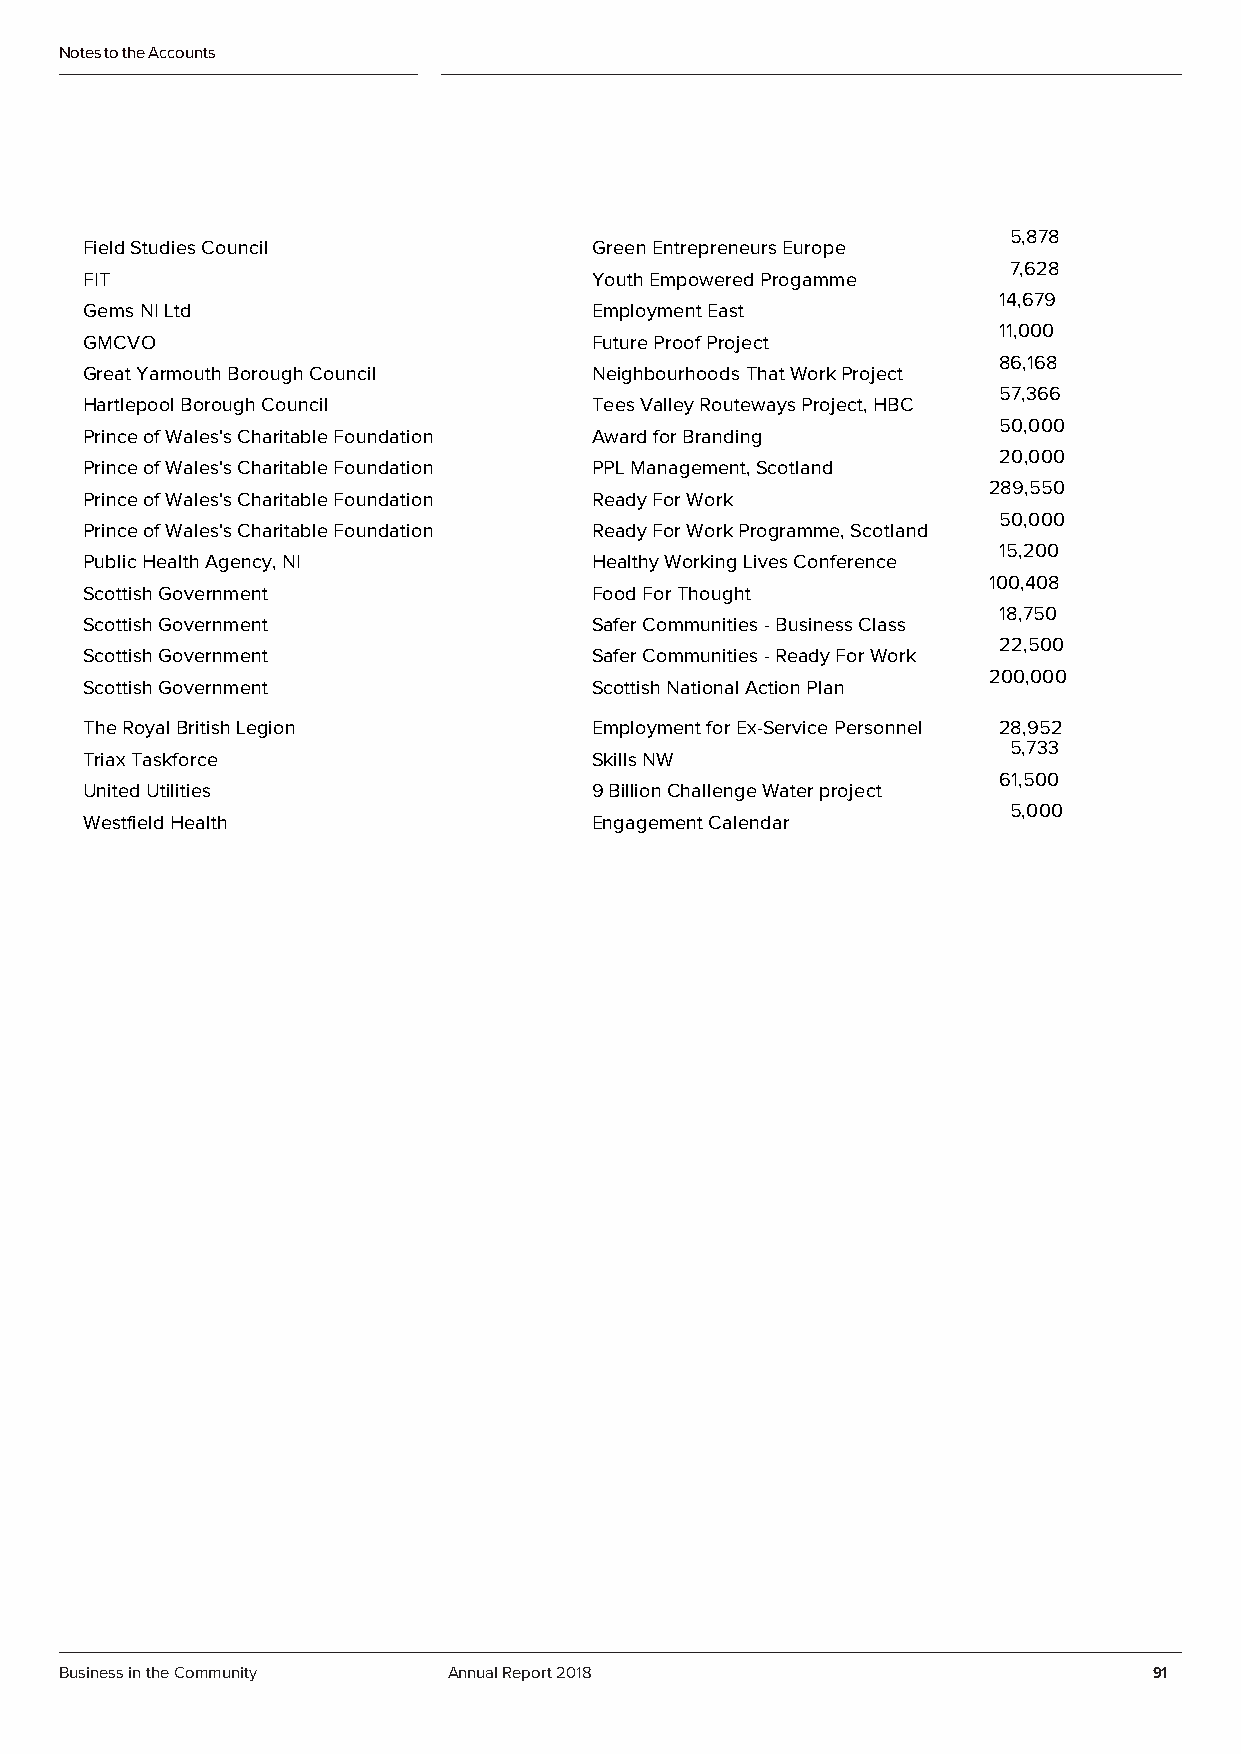
Notes to the Accounts
 5,878
 Field Studies Council            Green Entrepreneurs Europe
 7,628
 FIT                              Youth Empowered Progamme
 14,679
 Gems NI Ltd                      Employment East
 11,000
 GMCVO                            Future Proof Project
 86,168
 Great Yarmouth Borough Council   Neighbourhoods That Work Project
 57,366
 Hartlepool Borough Council       Tees Valley Routeways Project, HBC
 50,000
 Prince of Wales's Charitable Foundation Award for Branding
 20,000
 Prince of Wales's Charitable Foundation PPL Management, Scotland
 289,550
 Prince of Wales's Charitable Foundation Ready For Work
 50,000
 Prince of Wales's Charitable Foundation Ready For Work Programme, Scotland
 15,200
 Public Health Agency, NI         Healthy Working Lives Conference
 100,408
 Scottish Government              Food For Thought
 18,750
 Scottish Government              Safer Communities - Business Class
 22,500
 Scottish Government              Safer Communities - Ready For Work
 200,000
 Scottish Government              Scottish National Action Plan
 The Royal British Legion         Employment for Ex-Service Personnel 28,952
 5,733
 Triax Taskforce                  Skills NW
 61,500
 United Utilities                 9 Billion Challenge Water project
 5,000
 Westfield Health                 Engagement Calendar
 Business in the Community Annual Report 2018                            91